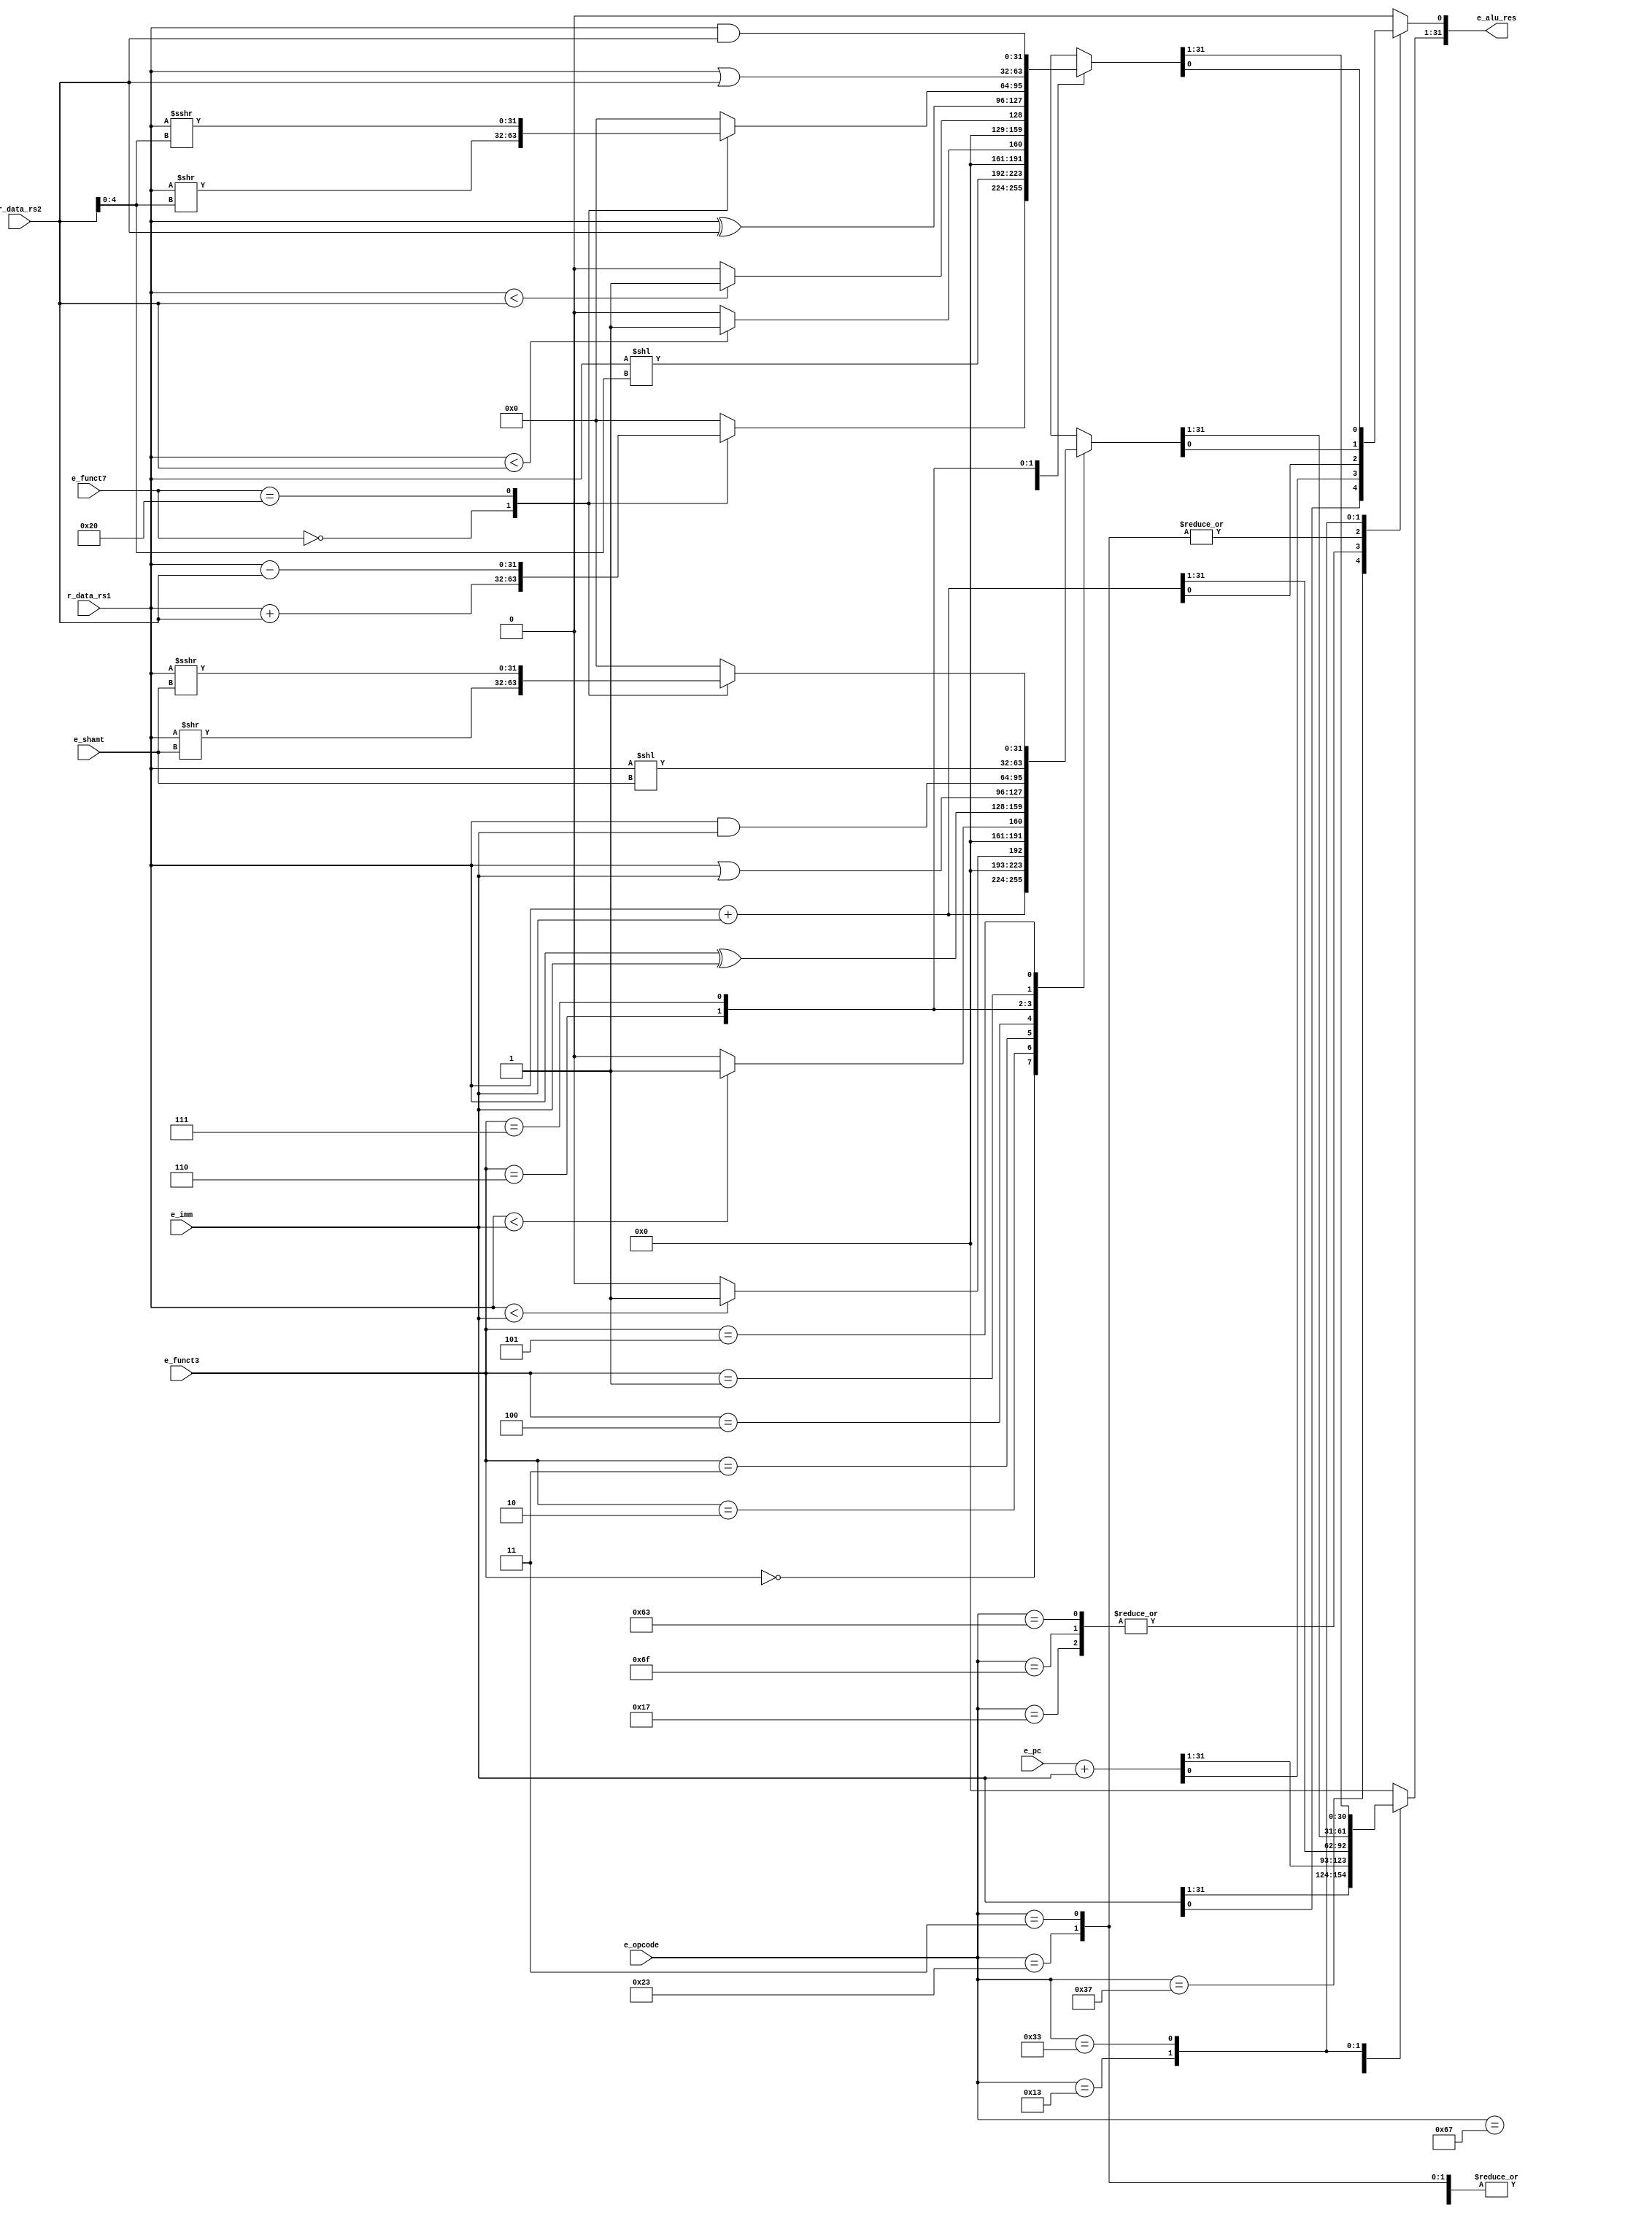
module alu(
  input [6:0] e_opcode,
  input [2:0] e_funct3,
  input [6:0] e_funct7,
  input [4:0] e_shamt,
  input [31:0] e_pc,
  input [31:0] e_imm,
  input [31:0] r_data_rs1,
  input [31:0] r_data_rs2,
  output reg [31:0] e_alu_res
);

    initial begin
      e_alu_res = 32'h00000000;
    end

    always @(*) begin

        case (e_opcode) //decide result based on opcode
            7'b0110111: begin //LUI
                e_alu_res = e_imm;
            end

            7'b0010111: begin //AUIPC
                e_alu_res = e_pc + e_imm;
            end

            7'b1101111: begin //JAL
                e_alu_res = e_pc + e_imm;
            end

            7'b1100111: begin //JALR
                e_alu_res = r_data_rs1 + e_imm;
                e_alu_res[0] = 1'b0;
            end

            7'b1100011: begin //BEQ-BGEU
                e_alu_res = e_pc + e_imm;
            end

            7'b0000011,
            7'b0100011: begin //LB-LHU + SB-SW
                e_alu_res = r_data_rs1 + e_imm;
            end

            7'b0010011: begin
                case (e_funct3)
                    3'b000: begin //ADDI
                        e_alu_res = r_data_rs1 + e_imm;
                    end

                    3'b010: begin //SLTI
                        e_alu_res = ($signed(r_data_rs1) < $signed(e_imm)) ? 32'h00000001 : 32'h00000000;
                    end

                    3'b011: begin //SLTIU
                        e_alu_res = (r_data_rs1 < e_imm) ? 32'h00000001 : 32'h00000000;
                    end

                    3'b100: begin //XORI
                        e_alu_res = r_data_rs1 ^ e_imm;
                    end

                    3'b110: begin //ORI
                        e_alu_res = r_data_rs1 | e_imm;
                    end

                    3'b111: begin //ANDI
                        e_alu_res = r_data_rs1 & e_imm;
                    end

                    3'b001: begin //SLLI
                        e_alu_res = r_data_rs1 << e_shamt;
                    end

                    3'b101: begin //SRLI + SRAI
                        case (e_funct7)
                            7'b0000000: begin //SRLI
                                e_alu_res = r_data_rs1 >> e_shamt;
                            end

                            7'b0100000: begin //SRAI
                                e_alu_res = $signed(r_data_rs1) >>> e_shamt;
                            end

                            default: begin
                                e_alu_res = 32'h00000000; //set the output to zero for unknown inst type
                            end
                        endcase
                    end

                    default: begin
                        e_alu_res = 32'h00000000; //set the output to zero for unknown inst type
                    end
                endcase
            end

            ////////////////////////////////////////////////////////////////////////////////////////////////////

            7'b0110011: begin
                case (e_funct3)
                    3'b000: begin //ADD + SUB
                        case (e_funct7)
                            7'b0000000: begin //ADD
                                e_alu_res = r_data_rs1 + r_data_rs2;
                            end

                            7'b0100000: begin //SUB
                                e_alu_res = r_data_rs1 - r_data_rs2;
                            end

                            default: begin
                                e_alu_res = 32'h00000000; //set the output to zero for unknown inst type
                            end
                        endcase
                    end

                    3'b001: begin //SLL
                        e_alu_res = r_data_rs1 << (r_data_rs2[4:0]);
                    end

                    3'b010: begin //SLT
                        e_alu_res = ($signed(r_data_rs1) < $signed(r_data_rs2)) ? 32'h00000001 : 32'h00000000;
                    end

                    3'b011: begin //SLTU
                        e_alu_res = (r_data_rs1 < r_data_rs2) ? 32'h00000001 : 32'h00000000;
                    end

                    3'b100: begin //XOR
                        e_alu_res = r_data_rs1 ^ r_data_rs2;
                    end

                    3'b101: begin //SRL + SRA
                        case (e_funct7)
                            7'b0000000: begin //SRL
                                e_alu_res = r_data_rs1 >> (r_data_rs2[4:0]);
                            end

                            7'b0100000: begin //SRA
                                e_alu_res = $signed(r_data_rs1) >>> (r_data_rs2[4:0]);
                            end

                            default: begin
                                e_alu_res = 32'h00000000; //set the output to zero for unknown inst type
                            end
                        endcase
                    end

                    3'b110: begin //OR
                        e_alu_res = r_data_rs1 | r_data_rs2;
                    end

                    3'b111: begin //AND
                        e_alu_res = r_data_rs1 & r_data_rs2;
                    end

                    default: begin
                        e_alu_res = 32'h00000000; //set the output to zero for unknown inst type
                    end
                endcase
            end

            default: begin
                e_alu_res = 32'h00000000; //set the output to zero for unknown inst type
            end
        endcase
    end
endmodule